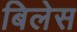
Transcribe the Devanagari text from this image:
बिलेस